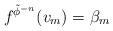
LaTeX: \begin{align*}f^{\tilde{\phi}^{-n}}(v_m)=\beta_m\end{align*}